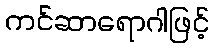
ကင်ဆာရောဂါဖြင့်